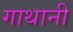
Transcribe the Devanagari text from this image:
गाथानी